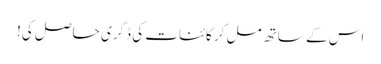
اس کے ساتھ مل کر کائنات کی ڈگری حاصل کی!